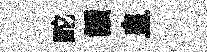
酡讀皇